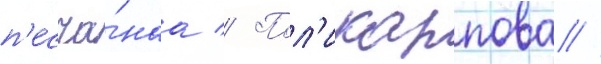
п'есча́наа // Пол'икарпова //